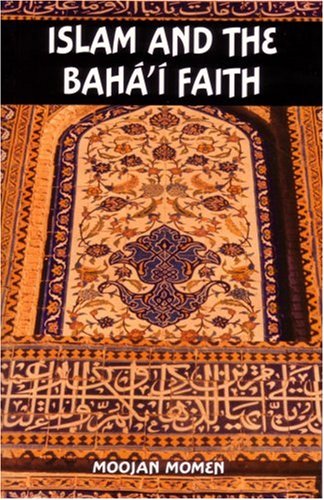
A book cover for Islam and the Baha'i Faith; Moojan Momen; Religion & Spirituality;